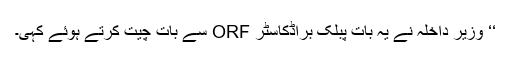
‘‘ وزير داخلہ نے يہ بات پبلک براڈکاسٹر ORF سے بات چيت کرتے ہوئے کہی۔